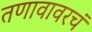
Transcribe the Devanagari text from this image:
तणावावरचं